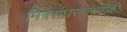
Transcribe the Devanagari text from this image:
मित्रसंघराज्यांपैकी